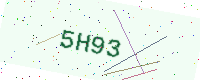
Text: 5H93